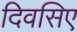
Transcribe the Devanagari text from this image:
दिवसिए